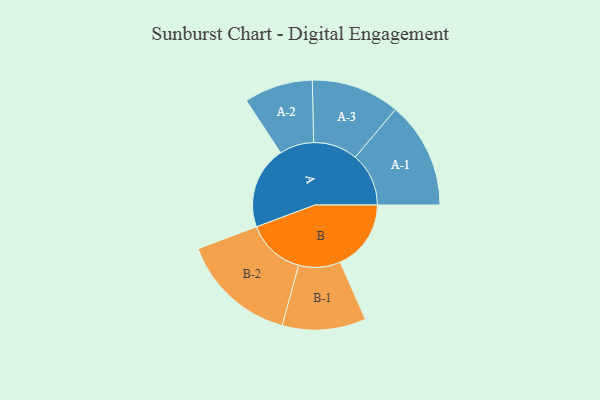
{"axis": {"x": "Segment", "y": "Value"}, "legend": ["", "A", "B"], "data": [{"x": "A", "y": 403, "type": ""}, {"x": "B", "y": 346, "type": ""}, {"x": "A-1", "y": 261, "type": "A"}, {"x": "A-2", "y": 168, "type": "A"}, {"x": "A-3", "y": 216, "type": "A"}, {"x": "B-1", "y": 204, "type": "B"}, {"x": "B-2", "y": 284, "type": "B"}]}